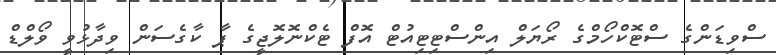
ސްވިޑަންގެ ސްޓޮކްހޯމްގެ ރޯޔަލް އިންސްޓިޓިއުޓް އޮފް ޓެކްނޮލޮޖީގެ ޕާ ކާގެސަން ވިދާޅުވީ ވޯލްޑް